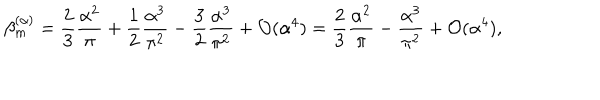
\beta _ { m } ^ { ( \alpha ) } = \frac { 2 } { 3 } \frac { \alpha ^ { 2 } } { \pi } + \frac { 1 } { 2 } \frac { \alpha ^ { 3 } } { \pi ^ { 2 } } - \frac { 3 } { 2 } \frac { \alpha ^ { 3 } } { \pi ^ { 2 } } + { \cal O } ( \alpha ^ { 4 } ) = \frac { 2 } { 3 } \frac { \alpha ^ { 2 } } { \pi } - \frac { \alpha ^ { 3 } } { \pi ^ { 2 } } + { \cal O } ( \alpha ^ { 4 } ) ,